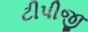
ટીપીજી